Statistical return of the lunatic asylum in Assam - 1912-1932
Year: 1912
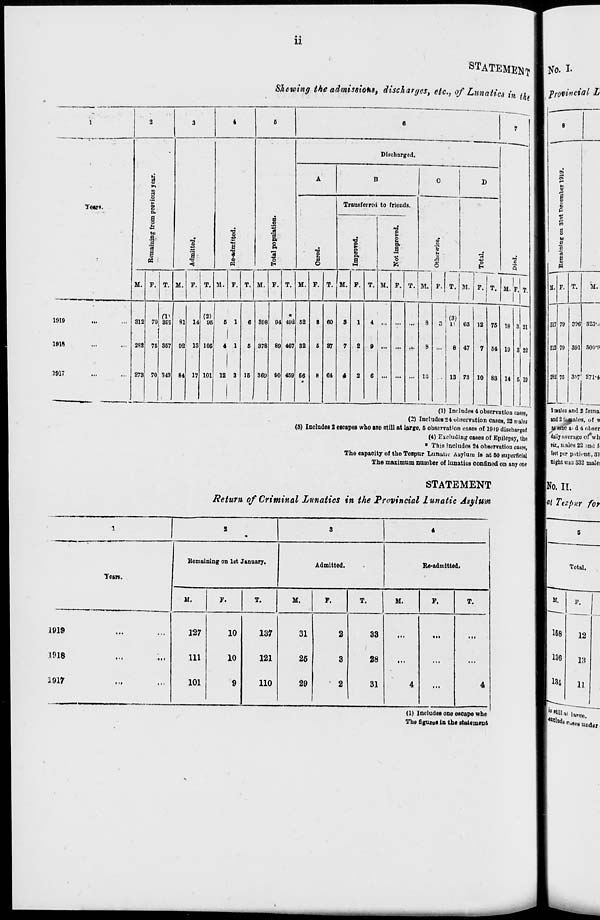
ii
Yfittl.
1919
leu
1917
ST ATEMtlKT
Shewing the admissions, discharges, etc., of Lunatics i
'» th(
o
a o
a
to
a
.2 '«
I
i
i
1
»o
<D
-0
H
1
a o
1 a o
o
Discharged.
M.
312
282
273
70
7G
70
(V
301
357
343
M. P. T. M.
T. M.
T. M.
81
02
84
II
13
17
(2)
96
6 1
106
4 1
101 12 3 15
308
378
360
94
89
00
*
492 52
467, 32
459 66
F.
Transferred to friends.
T. M
I
a
F.
i
■s
T. M.
60
37
64
4 ..
9 ..
T.' M.
■ 5
6
F. T.
g
M. P. T.
v.;
M. F, 1 T.
21
k> 63 12 75 18 8
8 47
7 64 19 8
13 73 10 83 14 6
ii
(1) Includes 4 observation cases,
(2) Includes 24 observation cases, 22 irales
(8) Includes 2 escapes who are still at large, 6 observation eases of 1919 discharged
(4) Excluding cases of Epilepsy, the
• This includes 24 observation cases,
The capacity of the Tezpur Lunatic Auylurn is at 60 superficial
The maximum number of lunatics confined on any one
STATEMENT
Return of Criminal Lunatics in the Provincial lunatic Asylum
1
2
3
*
Remaining on 1st January.
Admitted.
Re-admitted.
Tears,
M.
F.
T.
M,
F.
T.
M.
F.
T.
1919
„.
127
10
137
31
2
33
• i.
>..
...
3918
> •«
«ii
111
10
121
26
3
28
...
...
...
1917
• <i
• 1.
101
9
110
29
2
31
4
...
4
(1) Includes one escape whe
The figurvs In the statement
No. I-
Provincial L
I
p
g
to
I
e
u. F. T. M.
si;
312
252
79
70
76
396
391
3*7
323".•
SOO'P
271-*
\ nalos and 2 fema
»nd2ifajnaleB, of vi
r,8 sane a> d 4 obscr
daily i.verago of*wh
til., iLales 22 and f<
feet per patient, 81
night ires 332 malei
No. II.
ot Tezpnr for
a.
158
136
134
Total.
F.
12
13
11
**«•«<*«* nude,.